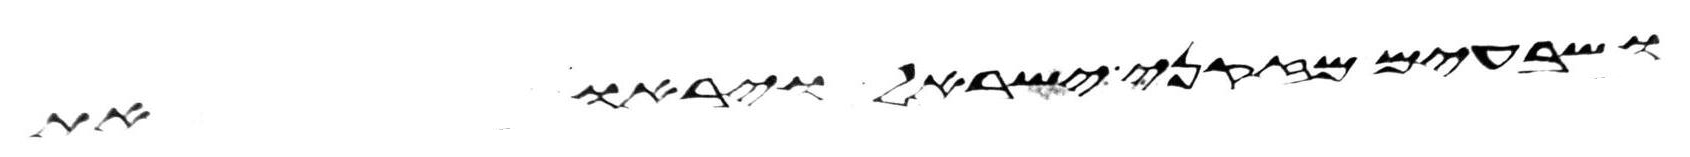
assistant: ושבעים מזקני ישראל ויראו את